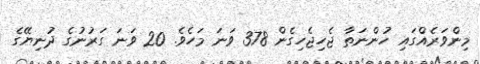
މިންވަރެއްގައި ހުންނަތާ ޖެހިޖެހިގެން 378 ވަނަ މަހެވެ. 20 ވަނަ ގަރުނުގެ ދުނިޔޭގެ